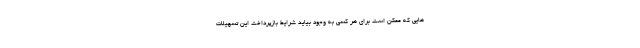
هایی که ممکن است برای هر کسی به وجود بیاید شرایط بازپرداخت این تسهیلات